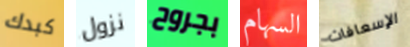
كبدك نزول بجروح السهام الإسعافات